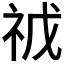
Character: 𮁥